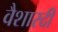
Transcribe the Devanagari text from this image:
वैशारदी